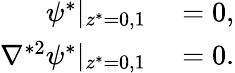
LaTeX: \begin{array}{rl}{\psi^{*}|_{z^{*}=0,1}}&{{}=0,}\\ {\nabla^{*2}\psi^{*}|_{z^{*}=0,1}}&{{}=0.}\end{array}